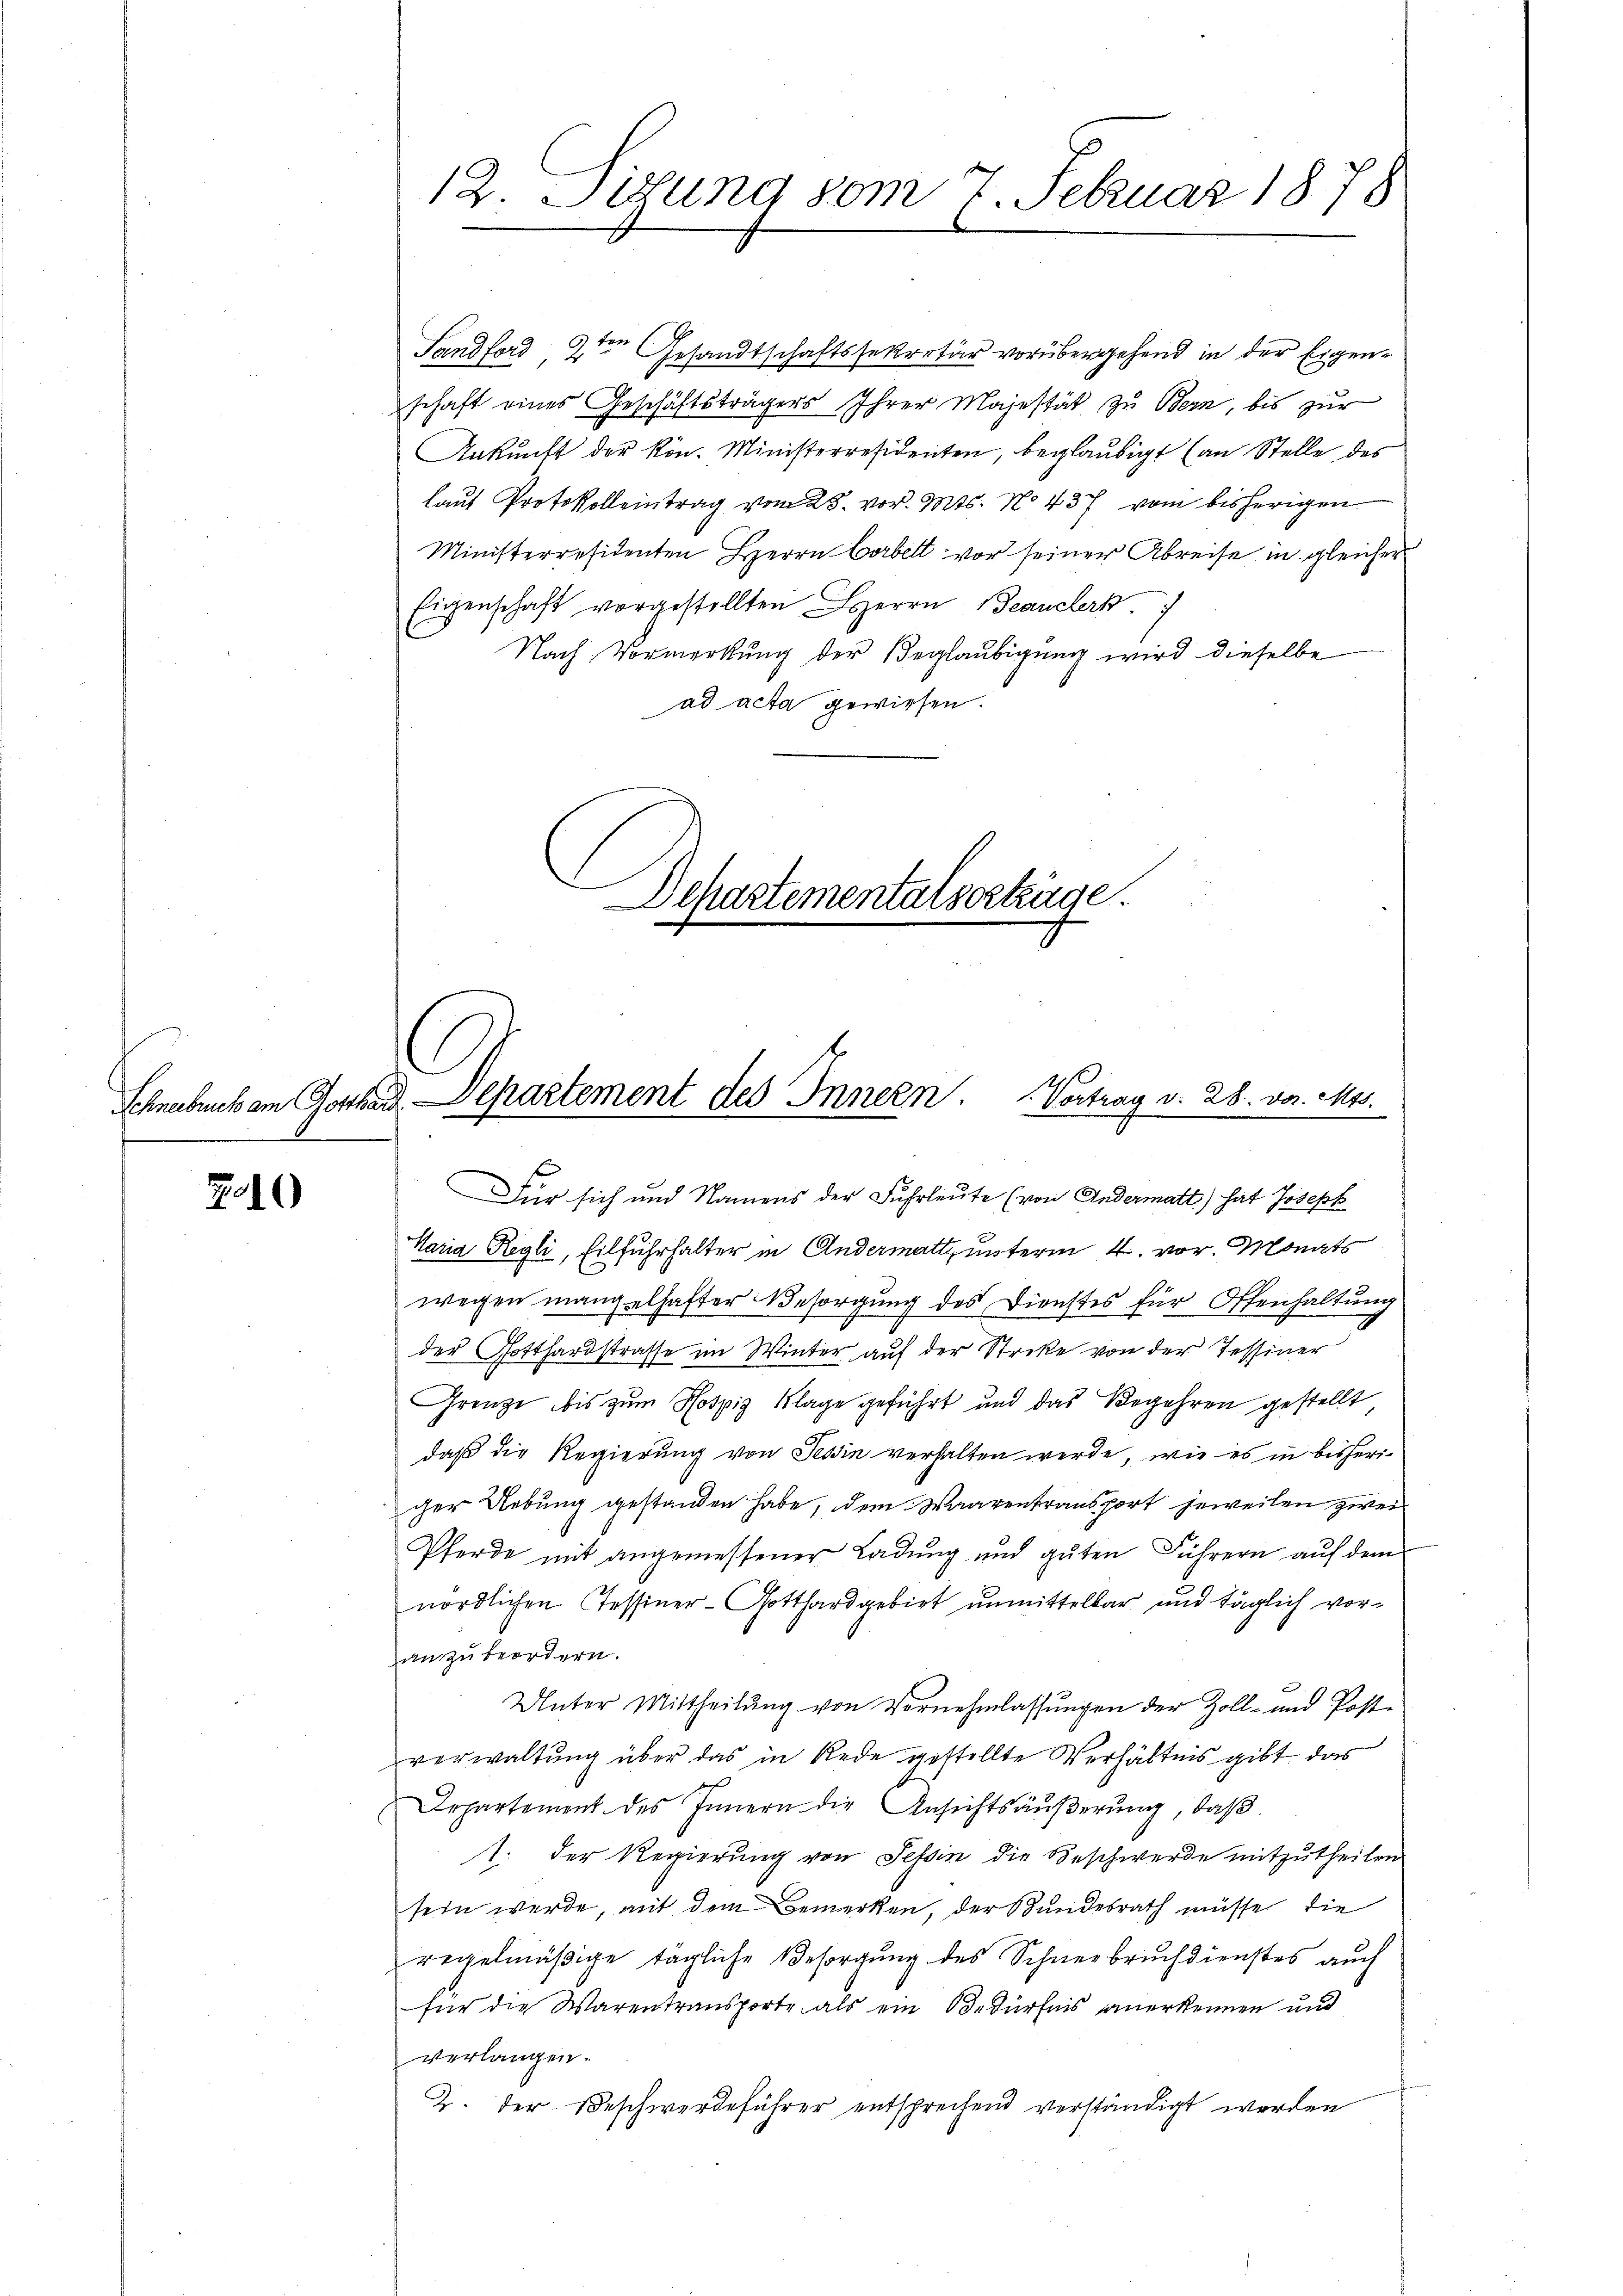
210)

12. Situng vom 7. Februar 1878

Sandford 2ten Gesandtschaftssekretär vorübergehend in der Eigenschaft eines Geschäftsträgers Ihrer Majestät zu Bern, bis zur
Ankŭnft der kön. Ministerresidenten, beglaubigt (an Stelle des
laut Protokoll eintrag vom 25. vor. Mts. No. 437 vom bisherigen
Ministerresidenten Herrn Corbett vor seiner Abreise in gleicher
Eigenschaft vorgestellten HHerrn Beauclerk. 7
Nach Vormerkung der Beglaubigung wird dieselbe
ad acta gewiesen.
Departementalsertage.

Schneebruck am Gotthard. Departement des Innern. Vortrag v. 28. vor. Mts.

Für sich und Namens der Fuhrleute (von Andermatt) hat Joseph
Maria Regli, Eilfuhrhalter in Andermatt, unterm 4. vor. Monats
wegen mangelhafter Besorgung des Dienstes für Offenhaltung
der Gotthardstrasse im Winter auf der Streke von der Tessiner
Grenze bis zum Hospig Klage geführt und das Begehren gestellt,
daß die Regierung von Tessin verhalten werde, wie es in bisheriger Uebung gestanden habe, dem Waarentransport jeweilen zwei¬
Pferde mit angemessener Ladung und guten Führern auf dem
nördlichen Tessiner-Gotthard gebiet unmittelbar und täglich voran zu beordern.
Unter Mittheilŭng von Vornehmlassŭngen der Zoll- und Post-
verwaltung über das in Rede gestellte Verhältnis gibt das
Departement des Innern die Ansichtsäußerung, daß
1. Der Regierung von Tessin die Beschwerde mitzutheilen
sein werde, mit dem Bemerken, der Bundesrath müsse, die
regelmäßige tägliche Besorgung des Schneebruch dienstes auch
für die Warentransporte als ein Bedürfnis anerkennen und
verlangen.
2. der Beschwerdeführer entsprechend verständigt werden